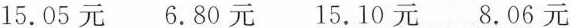
15.05元 6.80元 15.10元 8.06元